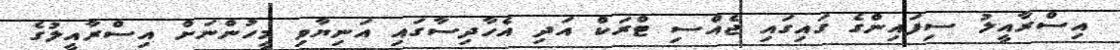
އިސްރާއީލު ސިފައިންގެ ގައިގައި ޖެއްސި ޓްރަކް އަދި އެހާދިސާގައި އަނިޔާވި މީހުންނަށް އިސްރާއީލުގެ